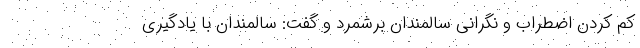
کم کردن اضطراب و نگرانی سالمندان برشمرد و گفت: سالمندان با یادگیری